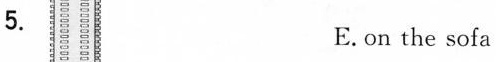
5.E.on the sofa